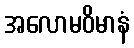
အလောမဝိမာနံ